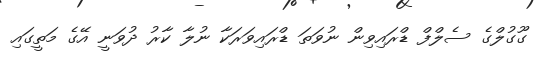
ގޫގުލްގެ ސެލްފް ޑްރައިވިން ނުވަތަ ޑްރައިވަރަކާ ނުލާ ކާރު ދުވަނީ އޭގެ މަތީގައި